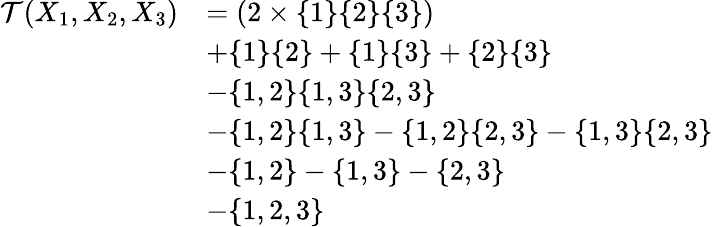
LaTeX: \begin{array}{rl}{\mathcal{T}(X_{1},X_{2},X_{3})}&{=(2\times\{ 1\} \{ 2\} \{ 3\} )}\\ &{+\{ 1\} \{ 2\} +\{ 1\} \{ 3\} +\{ 2\} \{ 3\} }\\ &{-\{ 1,2\} \{ 1,3\} \{ 2,3\} }\\ &{-\{ 1,2\} \{ 1,3\} -\{ 1,2\} \{ 2,3\} -\{ 1,3\} \{ 2,3\} }\\ &{-\{ 1,2\} -\{ 1,3\} -\{ 2,3\} }\\ &{-\{ 1,2,3\} }\end{array}